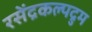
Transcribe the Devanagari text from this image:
रसेंद्रकल्पद्रुम